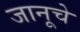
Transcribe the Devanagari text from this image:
जानूचे